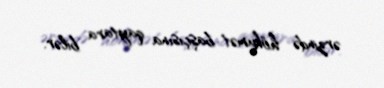
ərzində hökumət başçısına qaytara bilər.